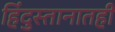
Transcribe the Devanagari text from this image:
हिंदुस्तानातही